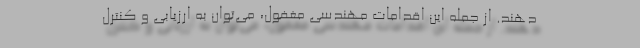
دهند. از جمله این اقدامات مهندسی مغفول، می‌توان به ارزیابی و کنترل